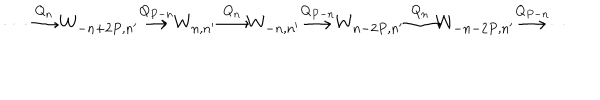
\cdots { \frac { \buildrel Q _ { n } } { \longrightarrow } } W _ { - n + 2 P , n ^ { \prime } } { \frac { \buildrel Q _ { P - n } } { \longrightarrow } } W _ { n , n ^ { \prime } } { \frac { \buildrel Q _ { n } } { \longrightarrow } } W _ { - n , n ^ { \prime } } { \frac { \buildrel Q _ { P - n } } { \longrightarrow } } W _ { n - 2 P , n ^ { \prime } } { \frac { \buildrel Q _ { n } } { \longrightarrow } } W _ { - n - 2 P , n ^ { \prime } } { \frac { \buildrel Q _ { P - n } } { \longrightarrow } } \cdots